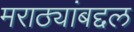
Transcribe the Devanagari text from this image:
मराठ्यांबद्दल